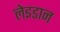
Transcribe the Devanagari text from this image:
लेइडान